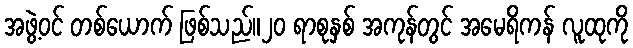
အဖွဲ့ဝင် တစ်ယောက် ဖြစ်သည်။၂၀ ရာစုနှစ် အကုန်တွင် အမေရိကန် လူထုကို